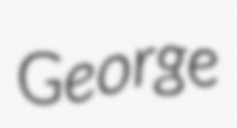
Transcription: George